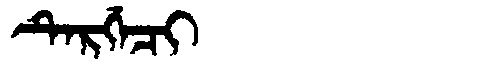
Manchu: ᡨᡝᡵᡤᡝᠴᡳ
Romanization: TERGECI